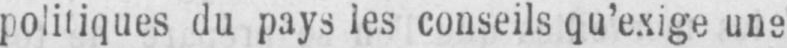
politiques du pays les conseils qu’exige une